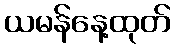
ယမန်နေ့ထုတ်